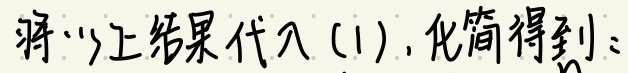
将以上结果代入(1), 化简得到: